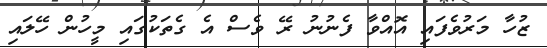
ޒުހާ މަރުވެފައި އޮއްވާ ފެނުނު ރޭ ވެސް އެ ގެތަކުގައި މީހުން ހޭލައި